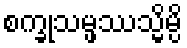
စက္ခုသမ္ဖဿသ္မိမ္ပိ